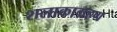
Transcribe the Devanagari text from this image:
शलाकाग्रहण